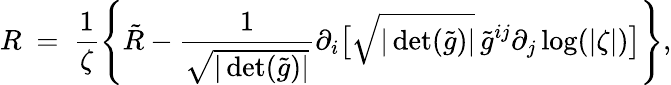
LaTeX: R\ =\ \frac 1\zeta\left\{ \tilde{R}-\frac{1}{\sqrt{|\operatorname*{det}(\tilde{g})|}}\partial_{i}\big[\sqrt{|\operatorname*{det}(\tilde{g})|}\, \tilde{g}^{ij}\partial_{j}\log(|\zeta|)\big]\right\} ,